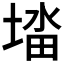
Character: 𭏉